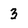
Character: 3